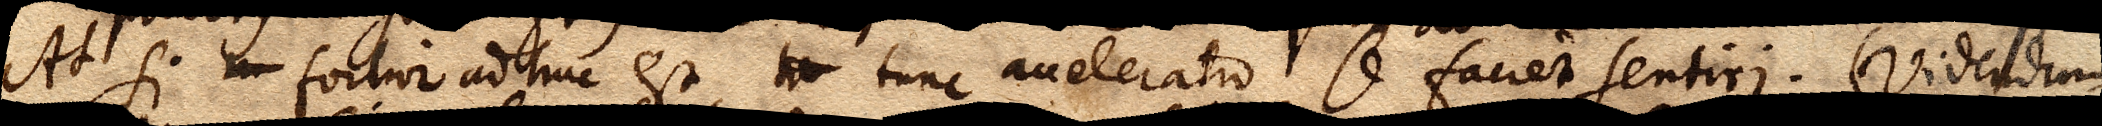
At si xx fortior adhuc est, xx tunc acceleratio se faciet sentiri. (Videndum